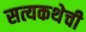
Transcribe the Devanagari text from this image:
सत्यकथेची